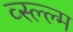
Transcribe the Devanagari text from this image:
व्स्ल्ल्म